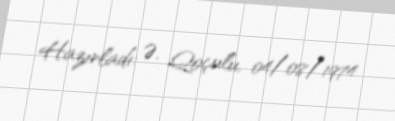
Hazırladı: Ə. Qoçulu, 04/08/1974